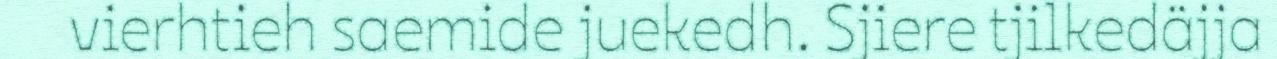
vierhtieh saemide juekedh. Sjiere tjilkedäjja